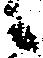
候